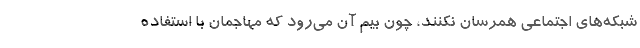
شبکه‌های اجتماعی همرسان نکنند، چون بیم آن می‌رود که مهاجمان با استفاده